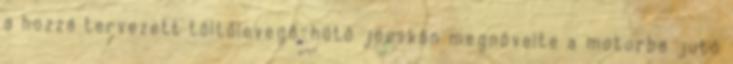
a hozzá tervezett töltőlevegő-hűtő jócskán megnövelte a motorba jutó